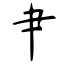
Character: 肀